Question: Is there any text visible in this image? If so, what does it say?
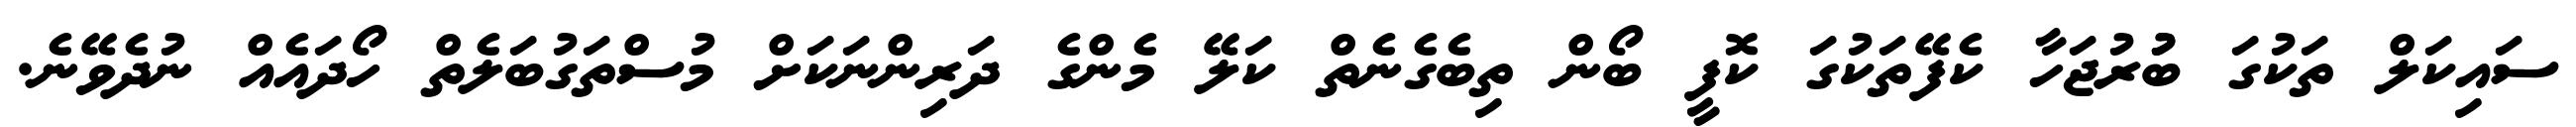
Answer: ސައިކަލް ތަކުގަ ބުުރުޖަހާ ކެފޭތަކުގަ ކޮފީ ބޯން ތިބެގެނެތް ކަލޭ މެންގެ ދަރިންނަކަށް މުސްތަގުބަލެތް ހޯދައެއް ނުދެވޭނެ.